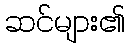
ဆင်များ၏